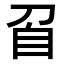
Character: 𭃙